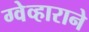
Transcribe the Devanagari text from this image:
ग्वेव्हाराने